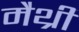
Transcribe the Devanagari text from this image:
मैथ्री